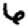
Digit: 6